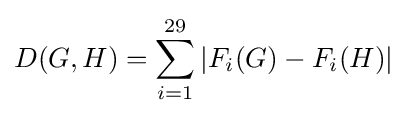
D(G,H)=\sum _{i=1}^{29}|F_{i}(G)-F_{i}(H)|